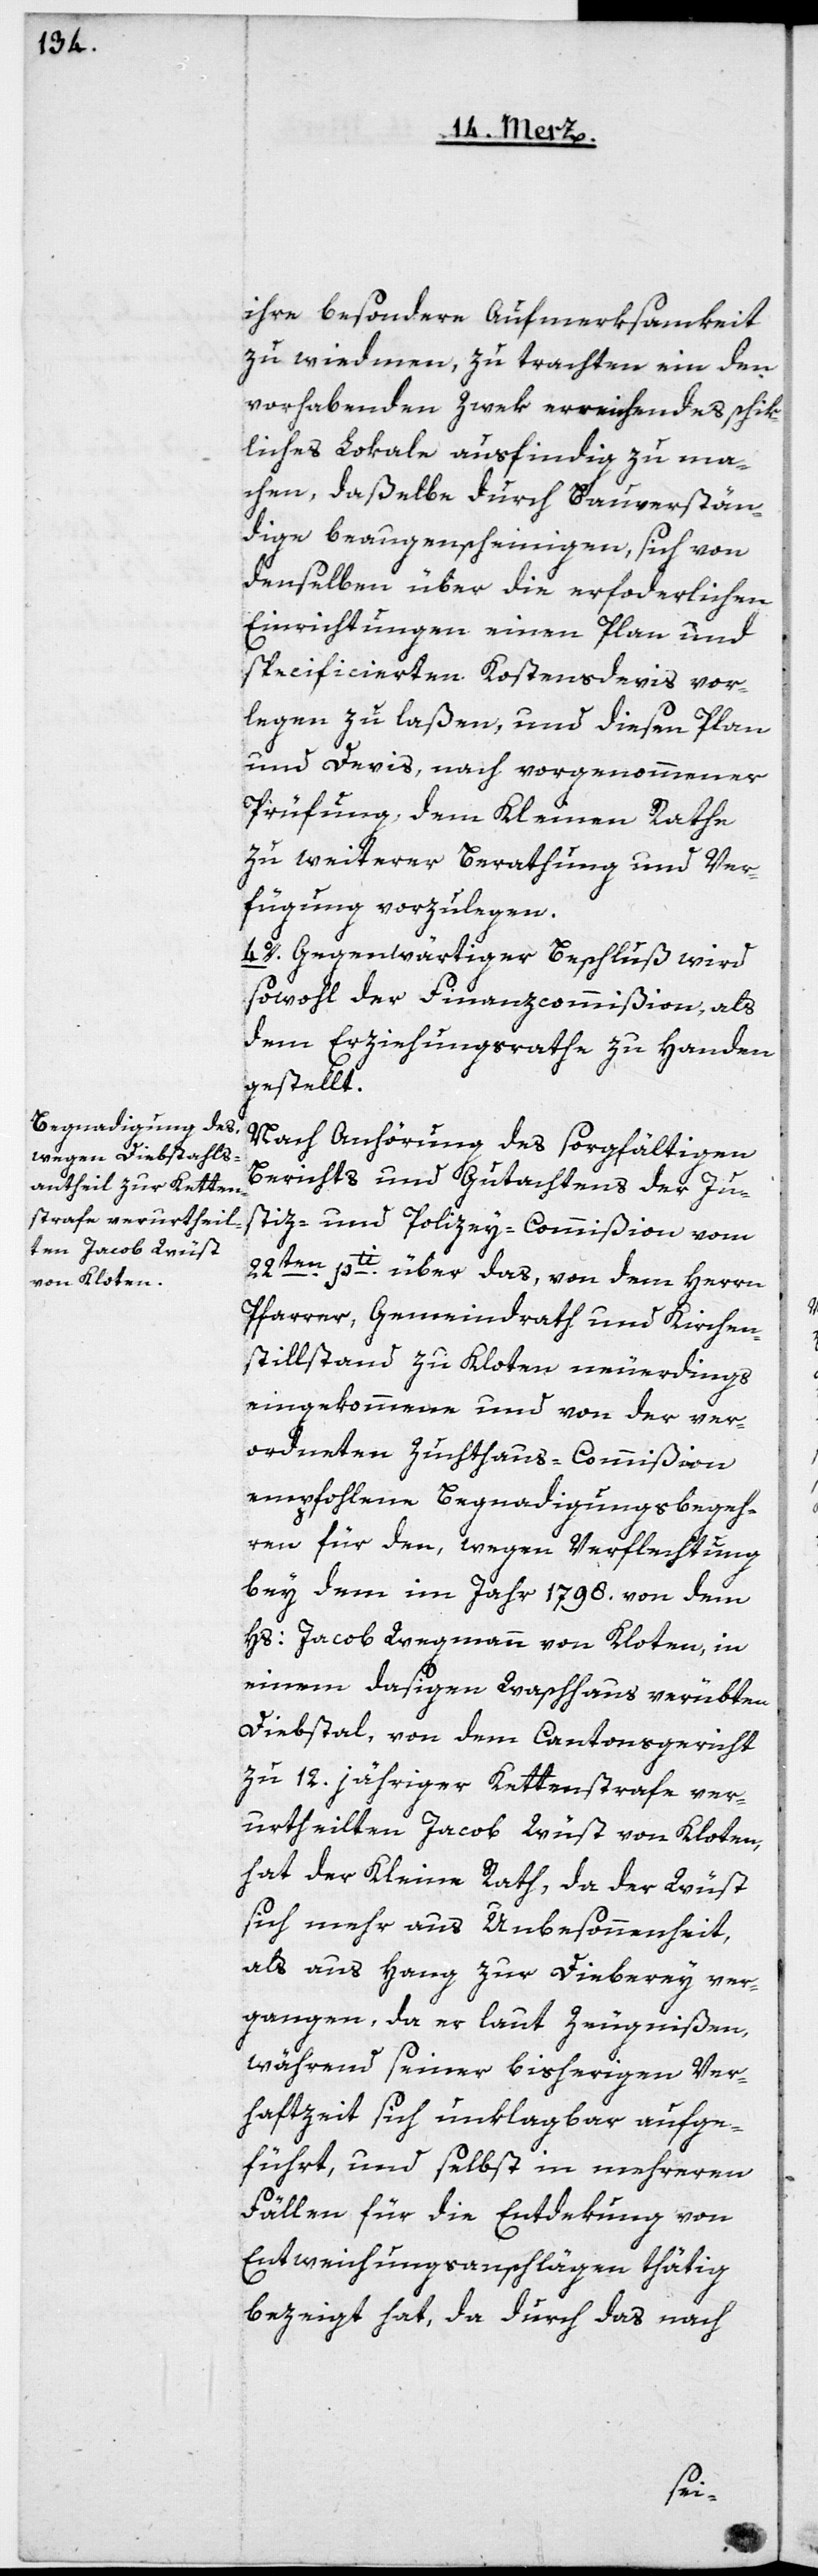
ihre besondere Aufmerksamkeit
zu wiedmen, zu trachten, ein den
vorhabenden Zwek erreichendes schik¬
liches Lokale ausfindig zu ma¬
chen, daßelbe durch Bauverstän¬
dige beaugenscheinigen, sich von
denselben über die erforderlichen
Einrichtungen einen Plan und
specificierten Kostensdevis vor¬
legen zu laßen, und diesen Plan
und Devis nach vorgenommener
Prüfung dem Kleinen Rathe
zu weiterer Berathung und Ver¬
fügung vorzulegen.
4o. Gegenwärtiger Beschluß wird
sowohl der Finanzcommißion, als
dem Erziehungsrathe zu Handen
gestellt.
Nach Anhörung des sorgfältigen
Berichts und Gutachtens der Ju¬
stiz- und Polizey-Commißion vom
22ten pti über das, von dem Herrn
Pfarrer, Gemeindrath und Kirchen¬
stillstand zu Kloten neuerdings
eingekommene und von der ver¬
ordneten Zuchthaus-Commißion
empfohlene Begnadigungsbegeh¬
ren für den, wegen Verflechtung
bei dem im Jahr 1798. von dem
Hs: Jacob Wegmann von Kloten, in
einem dasigen Waschhaus verübten
Diebstahl, von dem Cantonsgericht
zu 12. jähriger Kettenstrafe ver¬
urtheilten Jacob Wüst von Kloten,
hat der Kleine Rath, da der Wüst
sich mehr aus Unbesonnenheit
als aus Hang zur Dieberey ver¬
gangen, da er laut Zeugnißen,
während seiner bisherigen Ver¬
haftzeit sich unklagbar aufge¬
führt, und selbst in mehreren
Fällen für die Entdekung von
Entweichungsanschlägen thätig
bezeigt hat, da durch das nach